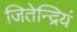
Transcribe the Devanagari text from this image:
जितेन्द्रियं